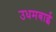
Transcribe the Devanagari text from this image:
उधमबाई